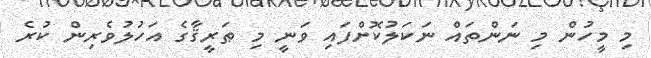
މި މީހުން މި ނަންތައް ނަކަލުކޮށްފައި ވަނީ މި ޠަރީޤާގެ އަހުލުވެރިން ކުރެ